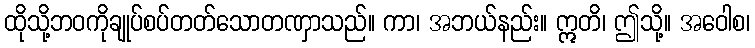
ထိုသို့ဘဝကိုချုပ်စပ်တတ်သောတဏှာသည်။ ကာ၊ အဘယ်နည်း။ ဣတိ၊ ဤသို့။ အဝေါစ၊